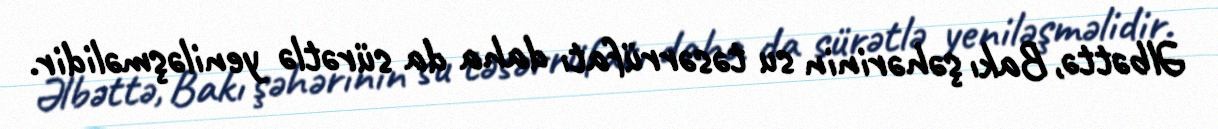
Əlbəttə, Bakı şəhərinin su təsərrüfatı daha da sürətlə yeniləşməlidir.